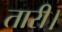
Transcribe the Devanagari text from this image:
तारी।